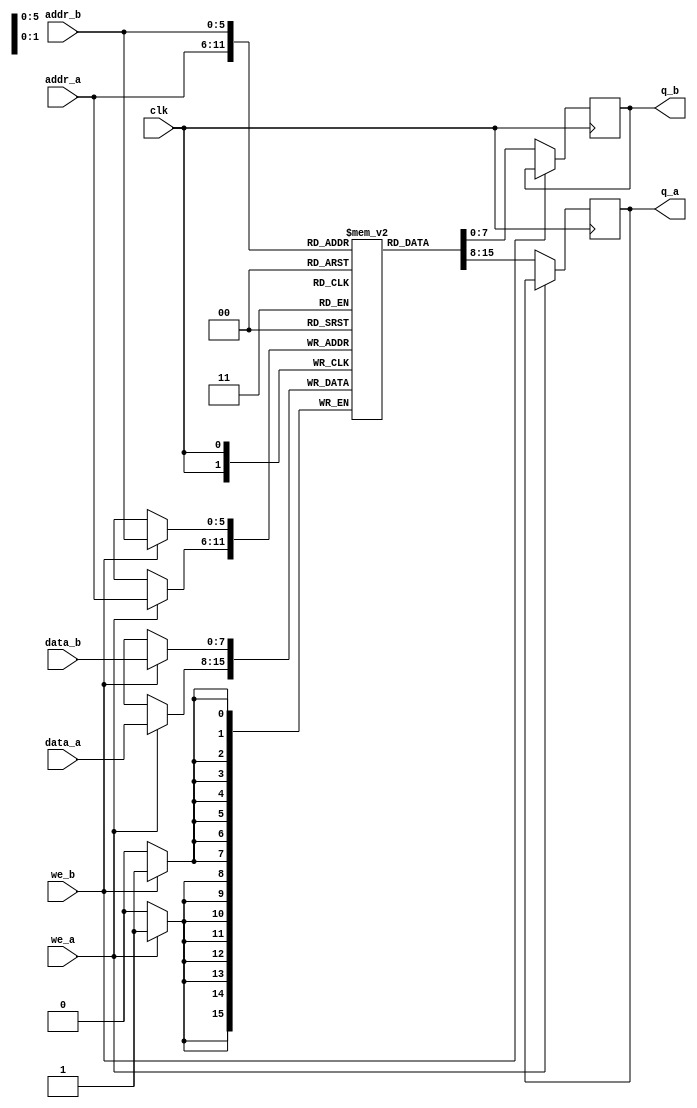
`timescale 1ns / 1ps


module dual_port_ram(
  input [7:0]data_a, data_b, //input of dataa
  input [5:0]addr_a, addr_b, // Port a and port b address
  input  we_a,  // write enable for port a 
  input  we_b, // write enable for port b
  input clk,  //clcok
  output reg [7:0]q_a, //output data for port a 
  output reg [7:0]q_b //output data for  port b
);

reg [7:0] ram [63:0]; // 8*64 bit ram

always @(posedge clk)
  begin
     if (we_a)
       ram[addr_a]<=data_a;
     else
       q_a<=ram[addr_a];
  end
  
 always @(posedge clk)
   begin
     if (we_b)
      ram[addr_b]<=data_b;
     else
      q_b<=ram[addr_b];
     end
endmodule